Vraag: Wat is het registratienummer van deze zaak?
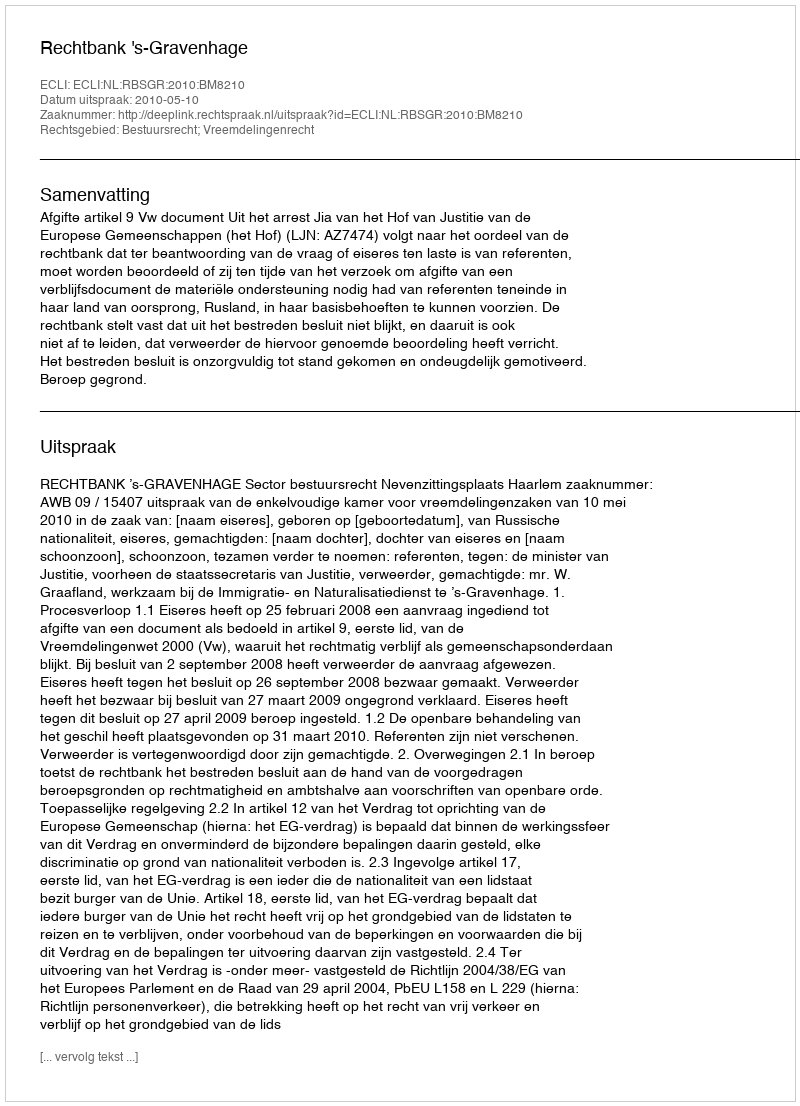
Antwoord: http://deeplink.rechtspraak.nl/uitspraak?id=ECLI:NL:RBSGR:2010:BM8210